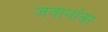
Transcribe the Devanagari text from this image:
जवानांवर